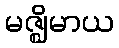
မဇ္ဈိမာယ